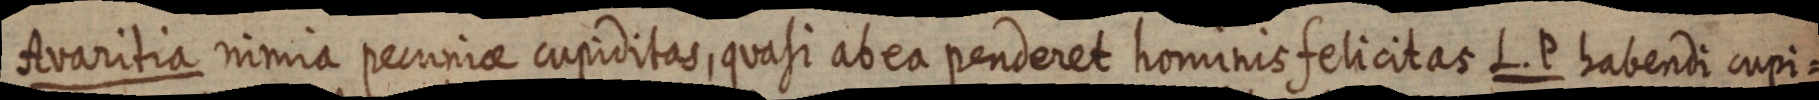
Avaritia nimia pecuniae cupiditas, quasi ab ea penderet hominis felicitas L. P habendi cupi